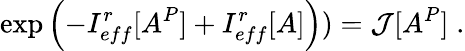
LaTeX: \exp\left(-I_{eff}^{r}[A^{P}]+I_{eff}^{r}[A]\right))={\cal J}[A^{P}]\; .